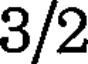
3/2